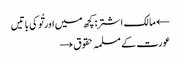
← مالک اشتر: کچھ میں اور تُو کی باتیں
عورت کے مسلمہ حقوق →